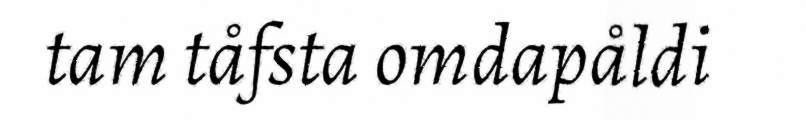
tam tåfsta omdapåldi